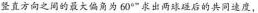
竖直方向之间的最大偏角为 60° ”求出两球碰后的共同速度，